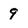
Character: 9